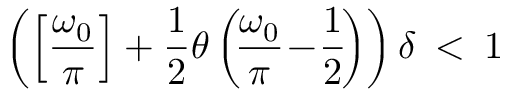
\left( \left[ \frac { \omega _ { 0 } } \pi \right] + \frac 1 2 \theta \left( \! \frac { \omega _ { 0 } } \pi \! - \! \frac 1 2 \! \right) \right) \delta \: < \: 1